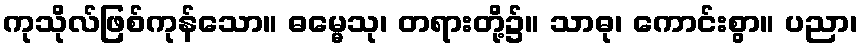
ကုသိုလ်ဖြစ်ကုန်သော။ ဓမ္မေသု၊ တရားတို့၌။ သာဓု၊ ကောင်းစွာ။ ပညာ၊